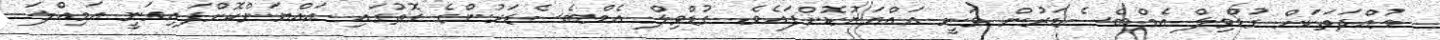
މުއްދަތަކަށް ގުޑްވިލް އެމްބެސެޑަރުން ވަނީ އައްޔަނުކޮށްފައެވެ. ގުޑްވިލް އެމްބެސެޑަރުންގެ ގޮތުގައި އައްޔަންކޮށްފައިވަނީ އަމިއްލަ